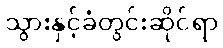
သွားနှင့်ခံတွင်းဆိုင်ရာ